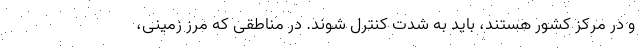
و در مرکز کشور هستند، باید به شدت کنترل شوند. در مناطقی که مرز زمینی،